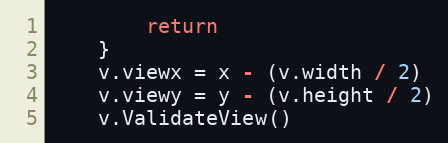
Language: Go
		return
	}
	v.viewx = x - (v.width / 2)
	v.viewy = y - (v.height / 2)
	v.ValidateView()